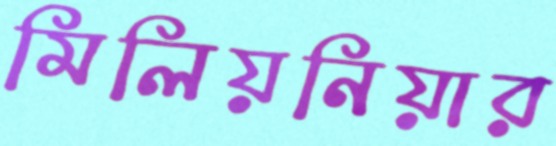
মিলিয়নিয়ার